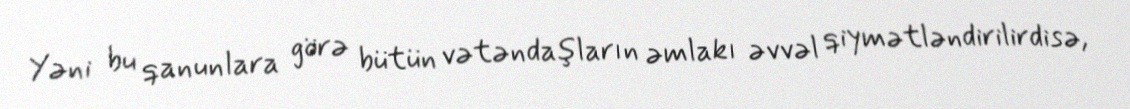
Yəni bu qanunlara görə bütün vətəndaşların əmlakı əvvəl qiymətləndirilirdisə,